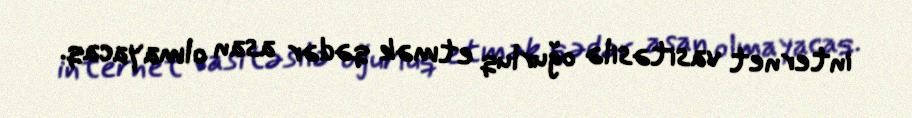
internet vasitəsilə oğurluq etmək qədər asan olmayacaq.